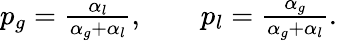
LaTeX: \begin{array}{r}{p_{g}=\frac{\alpha_{l}}{\alpha_{g}+\alpha_{l}},\qquad p_{l}=\frac{\alpha_{g}}{\alpha_{g}+\alpha_{l}}.}\end{array}